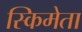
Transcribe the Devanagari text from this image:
स्किमेता